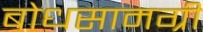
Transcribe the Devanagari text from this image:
बोधसामग्री